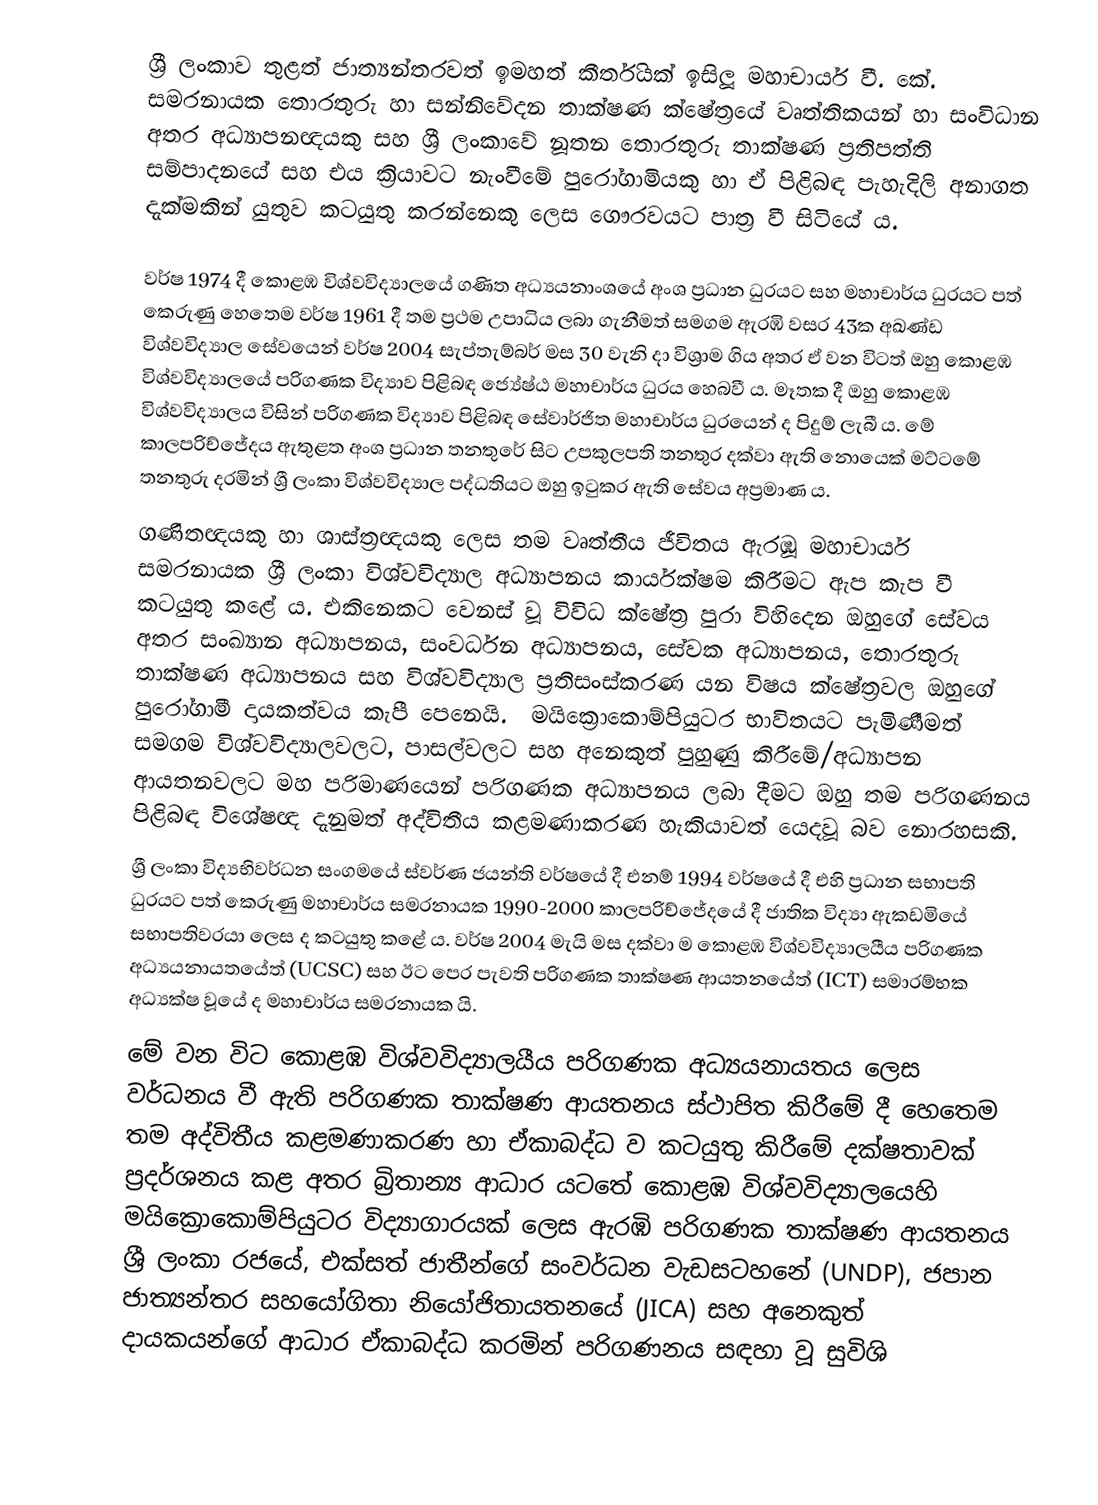
ශ්‍රී ලංකාව තුළත් ජාත්‍යන්තරවත් ඉමහත් කීර්තියක් ඉසිලූ මහාචාර්ය වී. කේ. සමරනායක තොරතුරු හා සන්නිවේදන තාක්ෂණ ක්ෂේත්‍රයේ වෘත්තිකයන් හා සංවිධාන අතර අධ්‍යාපනඥයකු සහ ශ්‍රී ලංකාවේ නූතන තොරතුරු තාක්ෂණ ප්‍රතිපත්ති සම්පාදනයේ සහ එය ක්‍රියාවට නැංවීමේ පුරෝගාමියකු හා ඒ පිළිබඳ පැහැදිලි අනාගත දැක්මකින් යුතුව කටයුතු කරන්නෙකු ලෙස ගෞරවයට පාත්‍ර වී සිටියේ ය.

වර්ෂ 1974 දී කොළඹ විශ්වවිද්‍යාලයේ ගණිත අධ්‍යයනාංශයේ අංශ ප්‍රධාන ධුරයට සහ මහාචාර්ය ධුරයට පත් කෙරුණු හෙතෙම වර්ෂ 1961 දී තම ප්‍රථම උපාධිය ලබා ගැනීමත් සමගම ඇරඹි වසර 43ක අඛණ්ඩ විශ්වවිද්‍යාල සේවයෙන් වර්ෂ 2004 සැප්තැම්බර් මස 30 වැනි දා විශ්‍රාම ගිය අතර ඒ වන විටත් ඔහු කොළඹ විශ්වවිද්‍යාලයේ පරිගණක විද්‍යාව පිළිබඳ ජ්‍යේෂ්ඨ මහාචාර්ය ධුරය හෙබවී ය. මෑතක දී ඔහු කොළඹ විශ්වවිද්‍යාල‍ය විසින් පරිගණක විද්‍යාව පිළිබඳ සේවාර්ජිත මහාචාර්ය ධුරයෙන් ද පිදුම් ලැබී ය. මේ කාලපරිච්ජේදය ඇතුළත අංශ ප්‍රධාන තනතුරේ සිට උපකුලපති තනතුර දක්වා ඇති නොයෙක් මට්ටමේ තනතුරු දරමින් ශ්‍රී ලංකා විශ්වවිද්‍යාල පද්ධතියට ඔහු ඉටුකර ඇති සේවය අප්‍රමාණ ය.
ගණිතඥ‍යකු හා ශාස්ත්‍රඥයකු ලෙස තම වෘත්තීය ජීවිතය ඇරඹූ මහාචාර්ය සමරනායක ශ්‍රී ලංකා විශ්වවිද්‍යාල අධ්‍යාපනය කාර්යක්ෂම කිරීමට ඇප කැප වී කටයුතු කළේ ය. එකිනෙකට වෙනස් වූ විවිධ ක්ෂේත්‍ර පුරා විහිදෙන ඔහුගේ සේවය අතර සංඛ්‍යාන අධ්‍යාපනය, සංවර්ධන අධ්‍යාපනය, සේවක අධ්‍යාපනය, තොරතුරු තාක්ෂණ අධ්‍යාපනය සහ විශ්වවිද්‍යාල ප්‍රතිසංස්කරණ යන විෂය ක්ෂේත්‍රවල ඔහුගේ පුරෝගාමී දායකත්වය කැපී පෙනෙයි. ‍ මයික්‍රොකොම්පියුටර භාවිතයට පැමිණීමත් සමගම විශ්වවිද්‍යාලවලට, පාසල්වලට සහ අනෙකුත් පුහුණු කිරීමේ/අධ්‍යාපන ආයතනවලට මහ පරිමාණයෙන් පරිගණක අධ්‍යාපනය ලබා දීමට ඔහු තම පරිගණනය පිළිබඳ විශේෂඥ දැනුමත් අද්විතීය කළමණාකරණ හැකියාවත් යෙදවූ බව නොරහසකි.
ශ්‍රී ලංකා විද්‍යභිවර්ධන සංගමයේ ස්වර්ණ ජයන්ති වර්ෂයේ දී එනම් 1994 වර්ෂයේ දී එහි ප්‍රධාන සභාපති ධුරයට පත් කෙරුණු මහාචාර්ය සමරනායක 1990-2000 කාලපරිච්ජේදයේ දී ජාතික විද්‍යා ඇකඩමියේ සභාපතිවරයා ලෙස ද කටයුතු කළේ ය. වර්ෂ 2004 මැයි මස දක්වා ම කොළඹ විශ්වවිද්‍යාලයීය පරිගණක අධ්‍යයනායතයේත් (UCSC) සහ ඊට පෙර පැවති පරිගණක තාක්ෂණ ආයතනයේත් (ICT) සමාරම්භක අධ්‍යක්ෂ වූයේ ද මහාචාර්ය සමරනායක යි.
මේ වන විට කොළඹ විශ්වවිද්‍යාලයීය පරිගණක අධ්‍යයනායතය ලෙස වර්ධනය වී ඇති පරිගණක තාක්ෂණ ආයතනය ස්ථාපිත කිරීමේ දී හෙතෙම තම අද්විතීය කළමණාකරණ හා ඒකාබද්ධ ව කටයුතු කිරීමේ දක්ෂතාවක් ප්‍රදර්ශනය කළ අතර  බ්‍රිතාන්‍ය ආධාර යටතේ කොළඹ විශ්වවිද්‍යාලයෙහි මයික්‍රොකොම්පියුටර විද්‍යාගාරයක් ලෙස ඇරඹි පරිගණක තාක්ෂණ ආයතනය ශ්‍රී ලංකා රජයේ, එක්සත් ජාතීන්ගේ සංවර්ධන වැඩසටහනේ (UNDP), ජපාන ජාත්‍යන්තර සහයෝගිතා නියෝජිතායතනයේ (JICA) සහ අනෙකුත් දායකයන්ගේ ආධාර ඒකාබද්ධ කරමින් පරිගණනය සඳහා වූ සුවිශි